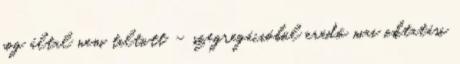
jog által nem tiltott – szegregációból eredő mai oktatási